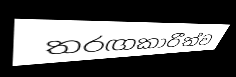
තරඟකාරීත්ව